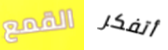
القمع أتفكر